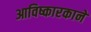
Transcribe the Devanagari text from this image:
आविष्कारकाने